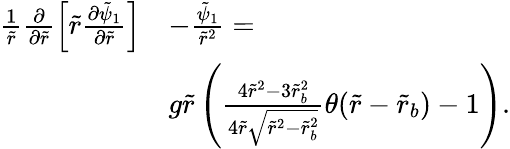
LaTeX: \begin{array}{rl}{\frac{1}{\tilde{r}}\frac{\partial}{\partial\tilde{r}}\left[\tilde{r}\frac{\partial\tilde{\psi}_{1}}{\partial\tilde{r}}\right]}&{-\frac{\tilde{\psi}_{1}}{\tilde{r}^{2}}=}\\ &{g\tilde{r}\left(\frac{4\tilde{r}^{2}-3\tilde{r}_{b}^{2}}{4\tilde{r}\sqrt{\tilde{r}^{2}-\tilde{r}_{b}^{2}}}\theta(\tilde{r}-\tilde{r}_{b})-1\right).}\end{array}